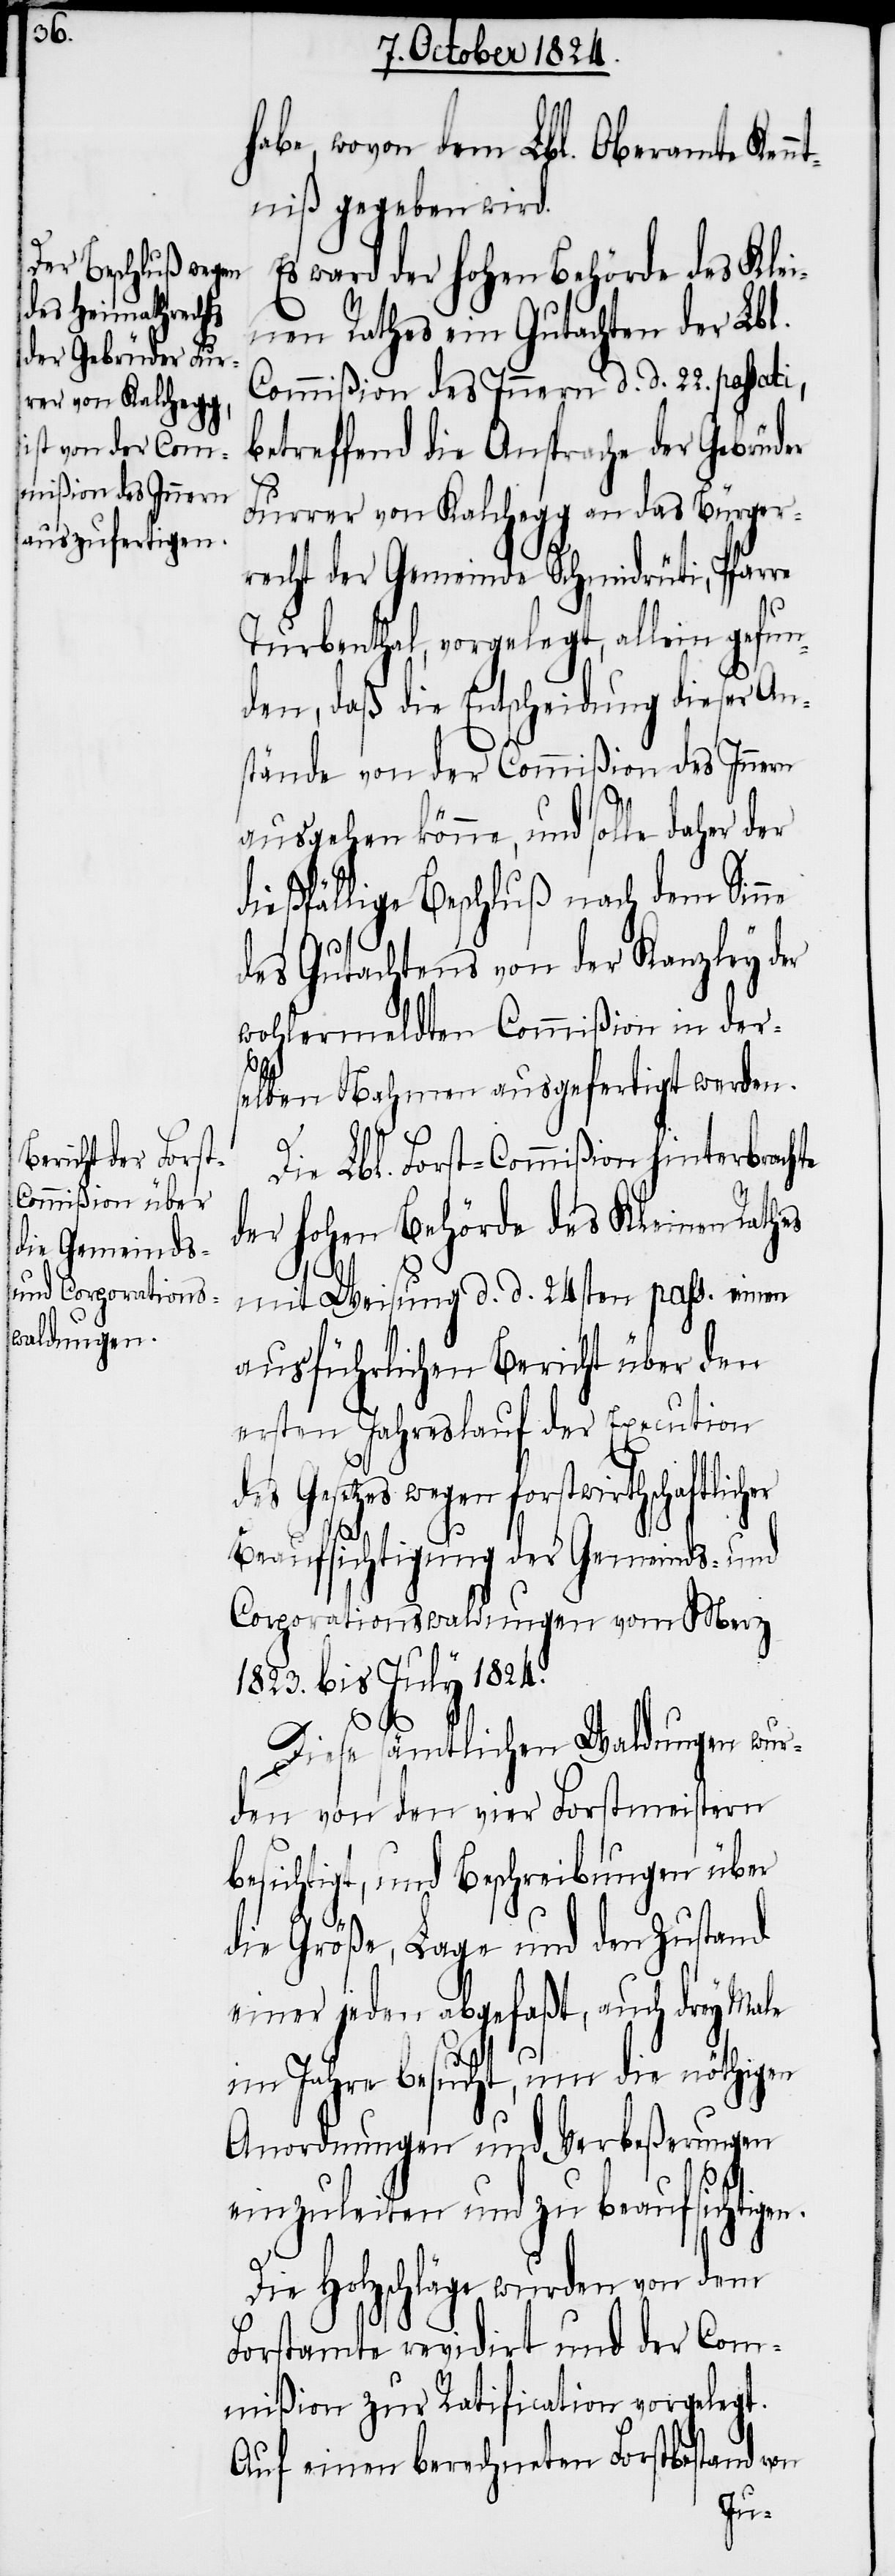
habe, wovon dem Lbl. Oberamte Kenn¬
tniß gegeben wird.
Es war der hohen Behörde des Klei¬
nen Rathes ein Gutachten der Lbl.
Commißion des Innern d. d. 22. passati,
betreffend die Ansprache der Gebrüder
Furrer von Kalchegg an das Bürger¬
recht der Gemeinde Schmidrüti, Pfarre
Turbenthal, vorgelegt, allein gefun¬
den, daß die Entscheidung dieser An¬
stände von der Commißion des Innern
ausgehen könne, und solle daher der
dießfällige Beschluß nach dem Sinne
des Gutachtens von der Kanzley der
wohlermeldten Commißion in der¬
er
selben Nahmen ausgefertigt werden.
Die Lbl. Forst-Commißion hinterbrachte
der hohen Behörde des Kleinen Rathes
mit Weisung d. d. 24sten pass. einen
ausführlichen Bericht über den
ersten Jahreslauf der Execution
des Gesetzes wegen forstwirthschaftlich¬
Beaufsichtigung der Gemeinds- und
Corporationswaldungen vom Merz
1823. bis July 1824.
Diese sämtlichen Waldungen wur¬
den von den vier Forstmeistern
besichtigt, und Beschreibungen über
die Größe, Lage und den Zustand
einer jeden abgefaßt, auch drey Male
im Jahre besucht, um die nöthigen
Anordnungen und Verbeßerungen
einzuleiten und zu beaufsichtigen.
Die Holzschläge wurden von dem
Forstamte revidirt und der Com¬
mißion zur Ratification vorgelegt.
Auf einen berechneten Forstbestand von